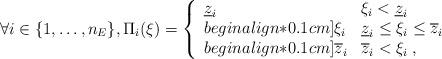
LaTeX: \begin{align*}\forall i \in \{ 1, \ldots, n_E \}, \Pi_i(\xi) = \left\{\begin{array}{ll}\underline z_i & \xi_i < \underline z_i \\begin{align*}0.1cm]\xi_i & \underline z_i \leq \xi_i \leq \overline z_i \\begin{align*}0.1cm]\overline z_i & \overline z_i < \xi_i \; ,\end{array}\right.\end{align*}